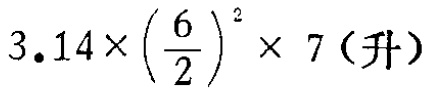
$3.14\times\left(\dfrac{6}{2}\right)^{2}\times 7 (\text{升})$